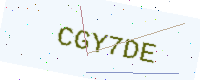
Text: CGY7DE